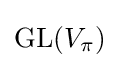
{\text{GL}}(V_{\pi })